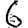
Digit: 6